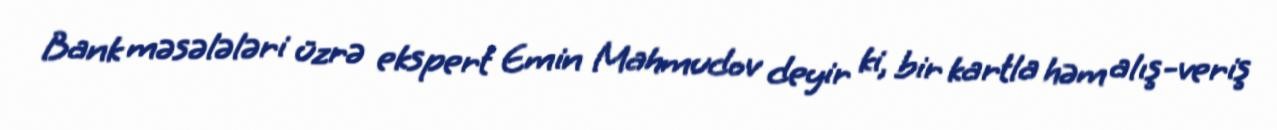
Bank məsələləri üzrə ekspert Emin Mahmudov deyir ki, bir kartla həm alış-veriş